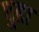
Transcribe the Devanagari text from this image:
पुहा